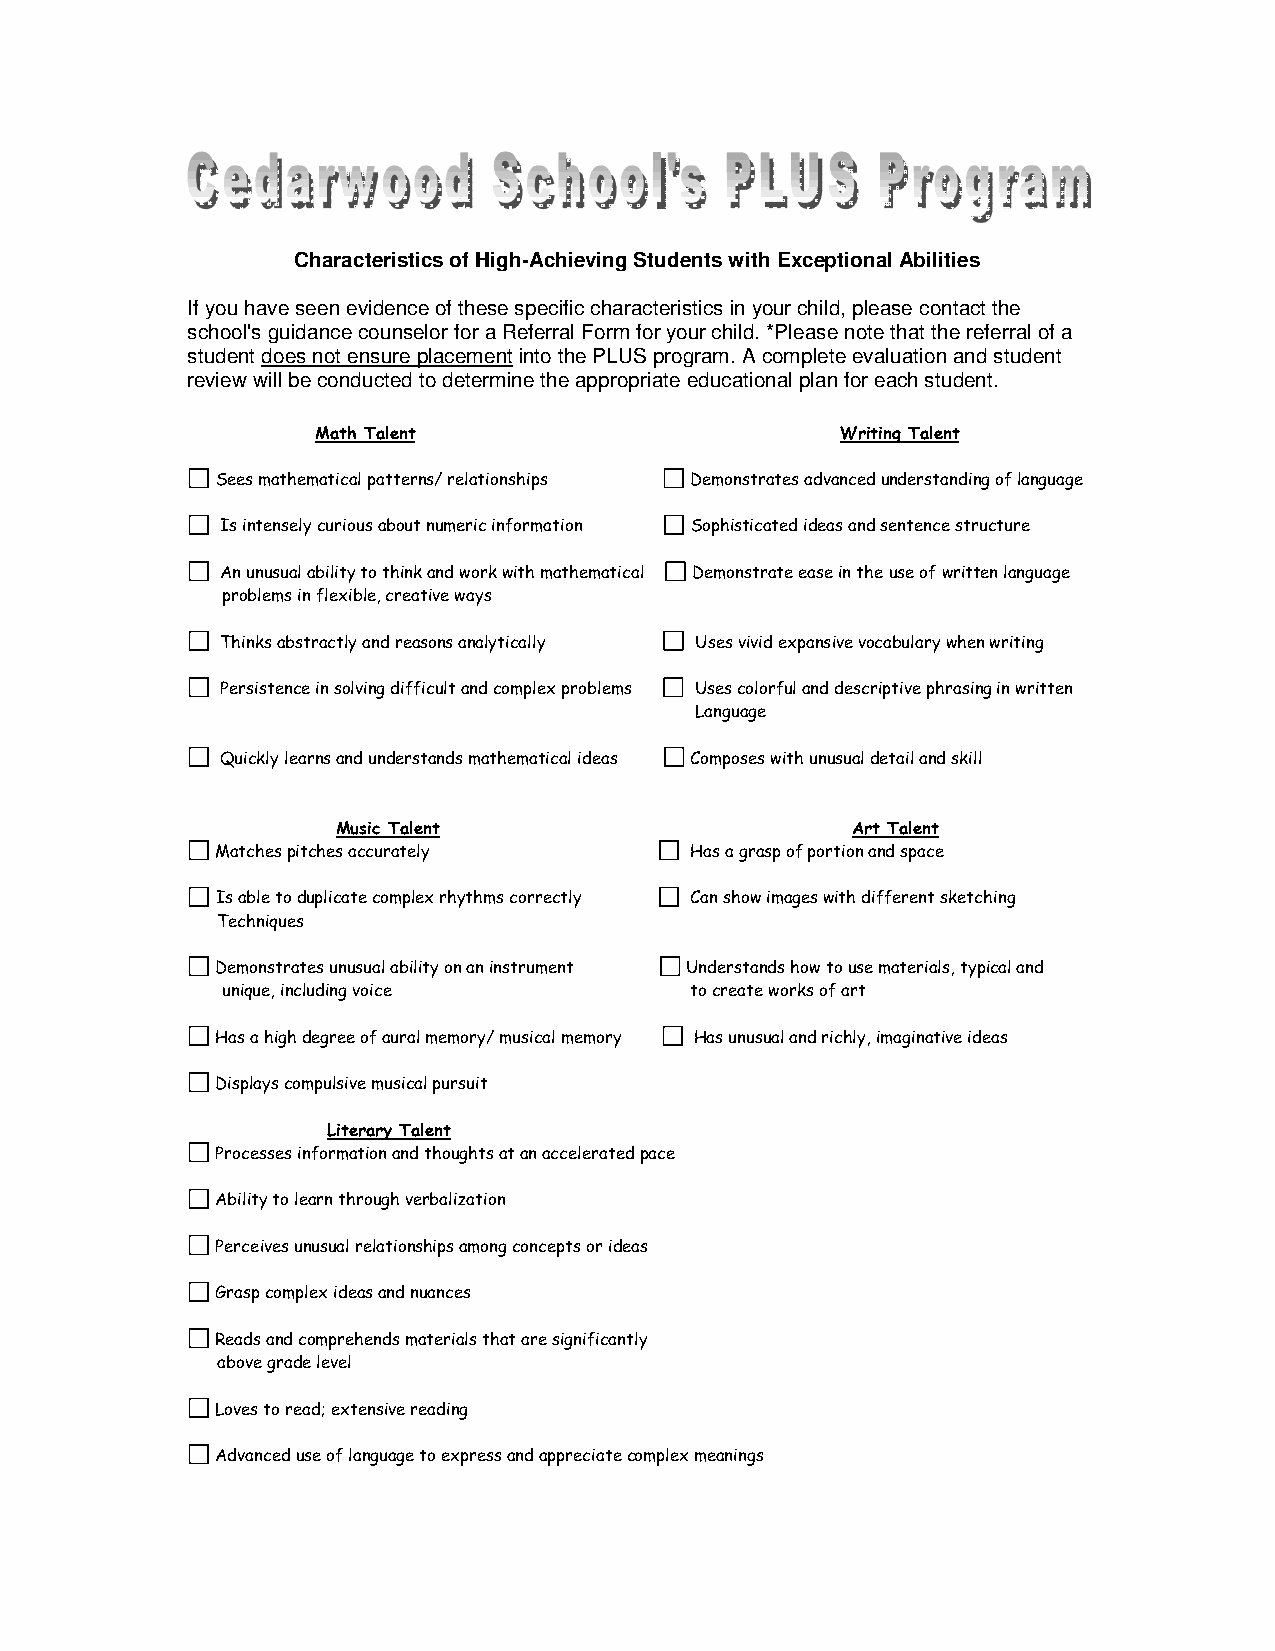
Characteristics of High-Achieving Students with Exceptional Abilities
 If you have seen evidence of these specific characteristics in your child, please contact the
 school's guidance counselor for a Referral Form for your child. *Please note that the referral of a
 student does not ensure placement into the PLUS program. A complete evaluation and student
 review will be conducted to determine the appropriate educational plan for each student.
 Math Talent                        Writing Talent
 Sees mathematical patterns/ relationships Demonstrates advanced understanding of language
 Is intensely curious about numeric information Sophisticated ideas and sentence structure
 An unusual ability to think and work with mathematical Demonstrate ease in the use of written language
 problems in flexible, creative ways
 Thinks abstractly and reasons analytically Uses vivid expansive vocabulary when writing
 Persistence in solving difficult and complex problems Uses colorful and descriptive phrasing in written
 Language
 Quickly learns and understands mathematical ideas Composes with unusual detail and skill
 Music Talent                      Art Talent
 Matches pitches accurately      Has a grasp of portion and space
 Is able to duplicate complex rhythms correctly Can show images with different sketching
 Techniques
 Demonstrates unusual ability on an instrument Understands how to use materials, typical and
 unique, including voice        to create works of art
 Has a high degree of aural memory/ musical memory Has unusual and richly, imaginative ideas
 Displays compulsive musical pursuit
 Literary Talent
 Processes information and thoughts at an accelerated pace
 Ability to learn through verbalization
 Perceives unusual relationships among concepts or ideas
 Grasp complex ideas and nuances
 Reads and comprehends materials that are significantly
 above grade level
 Loves to read; extensive reading
 Advanced use of language to express and appreciate complex meanings